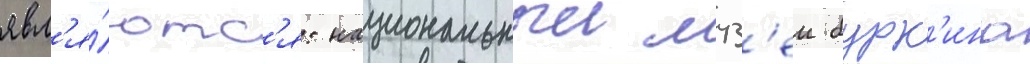
явл'я́ютс'я: национальныи муз'еи бурк'ина